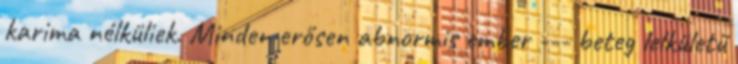
karima nélküliek. Minden erősen abnormis ember --- beteg lelkületű